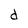
Character: d